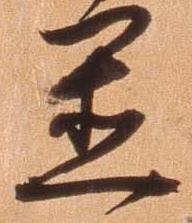
置